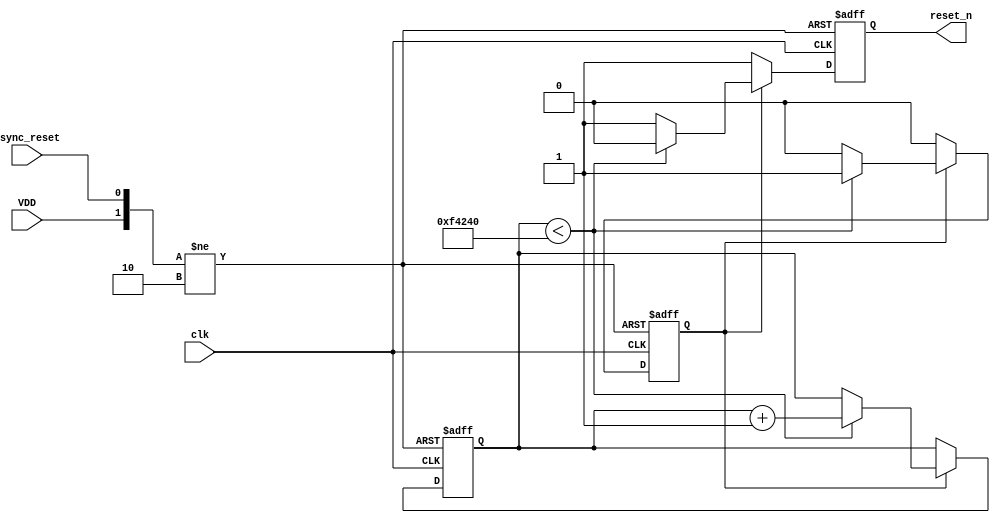
module PowerOnReset (
    input wire VDD,          // Power supply signal
    input wire async_reset,  // Asynchronous reset input
    input wire clk,          // Clock signal
    output reg reset_n       // Active low reset signal
);

parameter RESET_DURATION = 1000000; // Duration for which reset is asserted (in clock cycles)
reg [19:0] counter;                  // Counter for timing control
reg por_active;                      // Flag to indicate POR state

// State machine for POR logic
always @(posedge clk or negedge VDD or posedge async_reset) begin
    if (!VDD) begin
        // Power is off, assert reset
        reset_n <= 1'b0; // Active low reset
        counter <= 0;
        por_active <= 1'b1; // POR active
    end else if (async_reset) begin
        // Asynchronous reset
        reset_n <= 1'b0; // Active low reset
        counter <= 0;
        por_active <= 1'b1; // POR active
    end else if (por_active) begin
        // Count until the reset duration is reached
        if (counter < RESET_DURATION) begin
            counter <= counter + 1;
            reset_n <= 1'b0; // Keep reset asserted
        end else begin
            // Release reset after the duration
            reset_n <= 1'b1; // Deassert reset
            por_active <= 1'b0; // POR inactive
        end
    end else begin
        // Normal operation, ensure reset is deasserted
        reset_n <= 1'b1; // Deassert reset
    end
end

endmodule